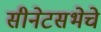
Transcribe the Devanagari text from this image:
सीनेटसभेचे